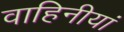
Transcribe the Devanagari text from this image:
वाहिनीयां